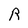
Character: R